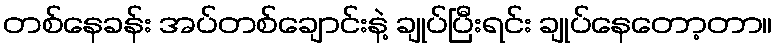
တစ်နေခန်း အပ်တစ်ချောင်းနဲ့ ချုပ်ပြီးရင်း ချုပ်နေတော့တာ။